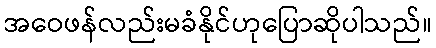
အဝေဖန်လည်းမခံနိုင်ဟုပြောဆိုပါသည်။